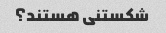
شکستنی هستند؟